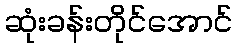
ဆုံးခန်းတိုင်အောင်